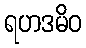
ရဟဒမိဝ